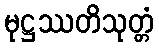
မုဋ္ဌဿတိသုတ္တံ